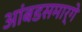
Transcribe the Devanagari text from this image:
आंबडसमार्गे